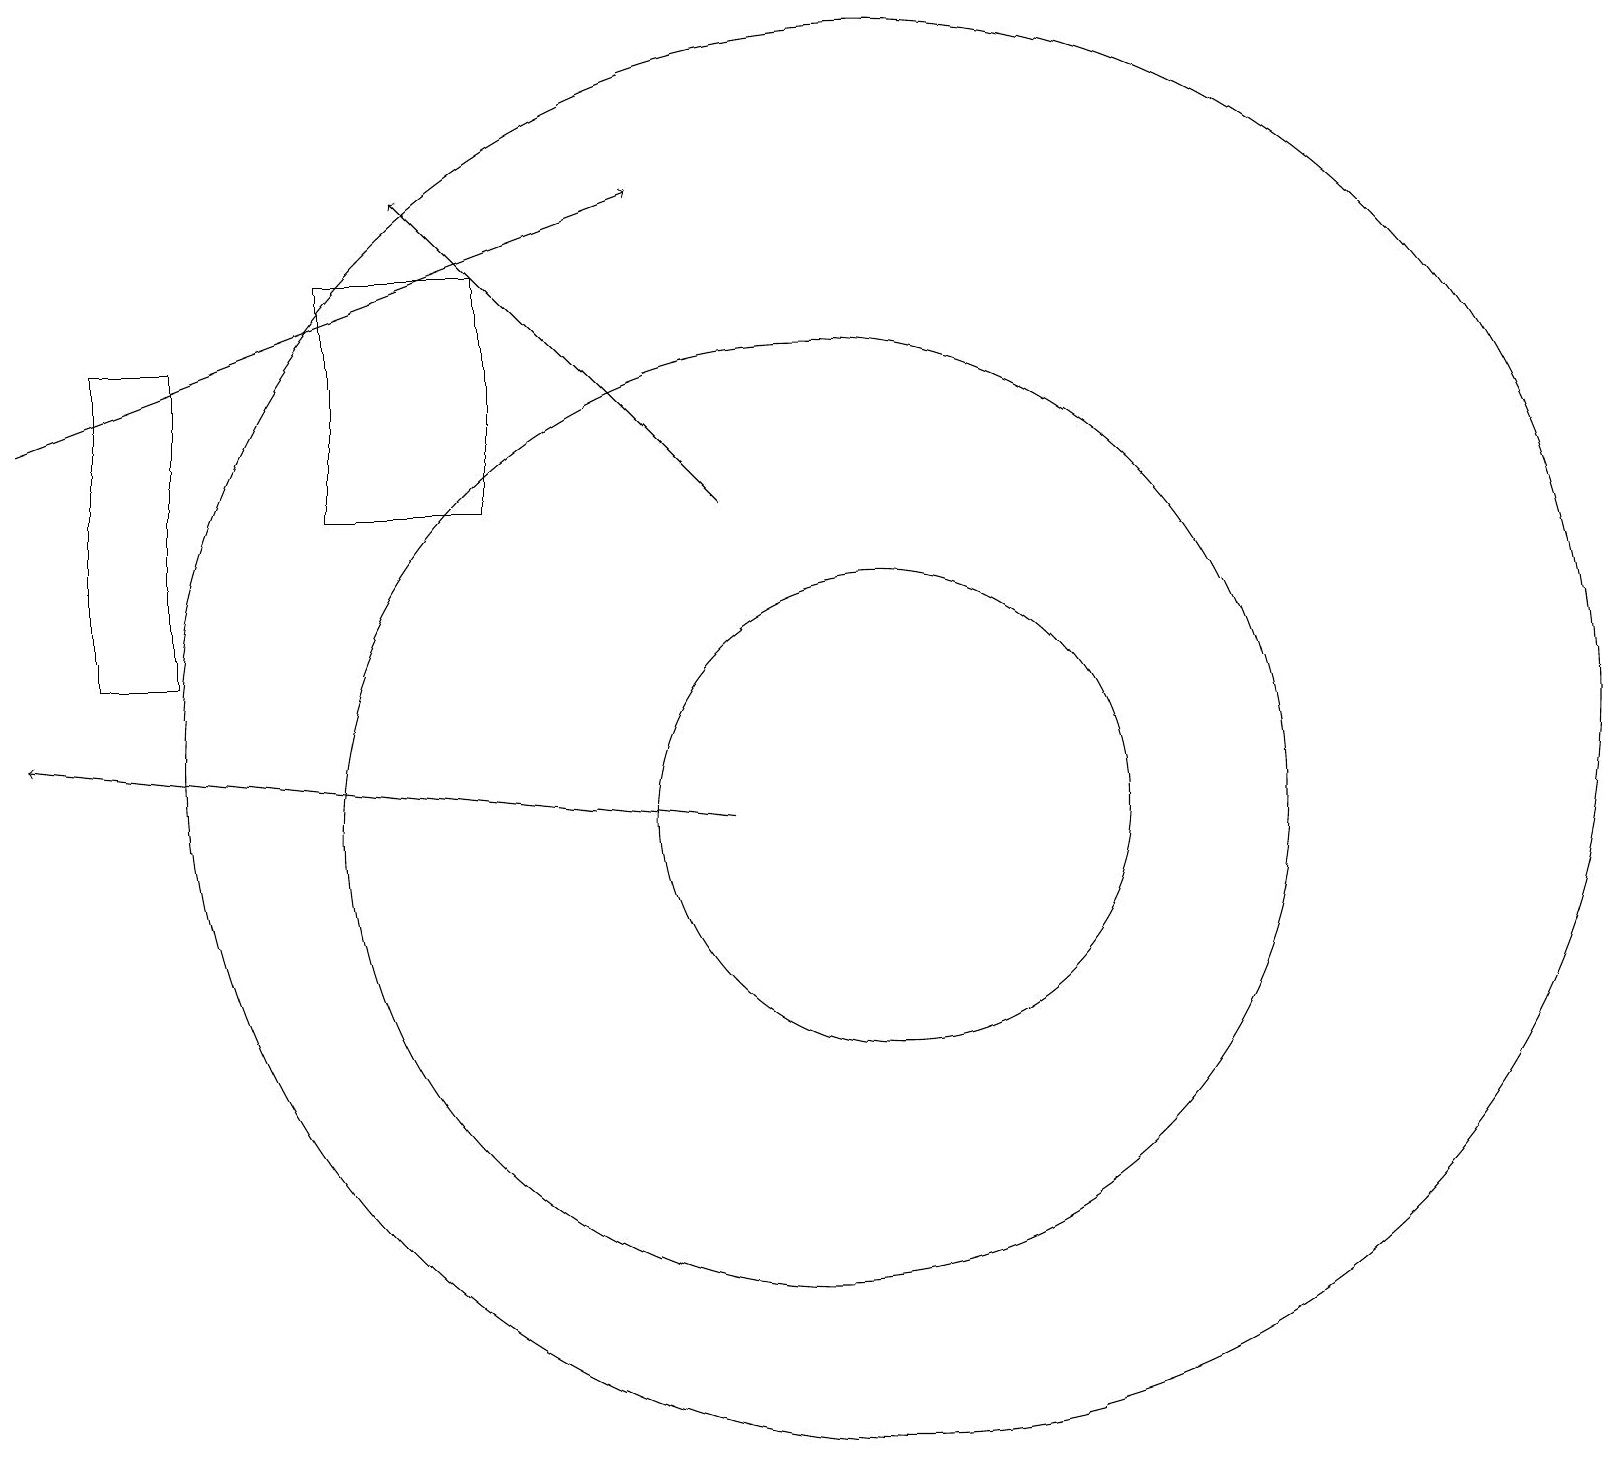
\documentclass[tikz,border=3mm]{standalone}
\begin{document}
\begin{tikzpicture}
\draw (6,17) rectangle (4,14);
\draw (11,11) circle (9);
\draw (10,10) circle (6);
\draw[->] (9,10) -- (0,11);
\draw[->] (9,14) -- (5,18);
\draw (1,12) rectangle (2,16);
\draw (11,10) circle (3);
\draw[->] (0,15) -- (8,18);
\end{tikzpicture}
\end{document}